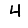
Digit: 4